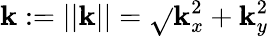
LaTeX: \mathbf{k}:=||\boldsymbol{\mathbf{k}}||=\sqrt{}{{\mathbf{k}_{x}^{2}+\mathbf{k}_{y}^{2}}}